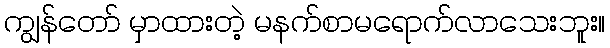
ကျွန်တော် မှာထားတဲ့ မနက်စာမရောက်လာသေးဘူး။